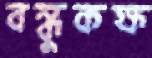
বন্ধুকক্ষ